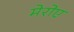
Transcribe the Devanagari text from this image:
मेरोए